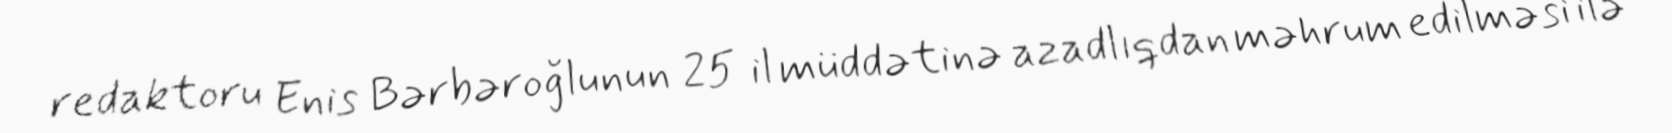
redaktoru Enis Bərbəroğlunun 25 il müddətinə azadlıqdan məhrum edilməsi ilə